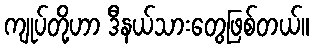
ကျုပ်တို့ဟာ ဒီနယ်သားတွေဖြစ်တယ်။